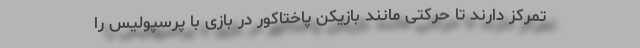
تمرکز دارند تا حرکتی مانند بازیکن پاختاکور در بازی با پرسپولیس را